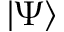
\left\lvert \Psi \right\rangle